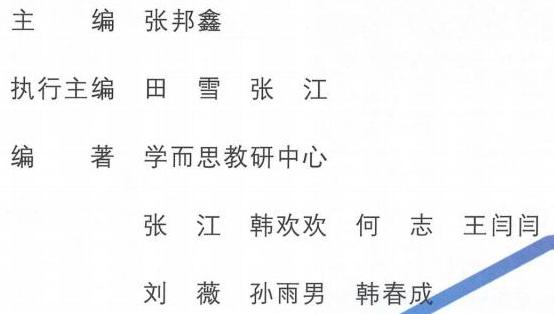
主  编 张邦鑫
执行主编 田 雪 张 江
编  著 学而思教研中心
张 江 韩欢欢 何 志 王闫闫
刘 薇 孙雨男 韩春成